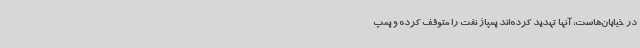
در خیابان‌هاست، آنها تهدید کرده‌اند پمپاژ نفت را متوقف کرده و پمپ